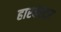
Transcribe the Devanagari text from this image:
हारवेस्टर